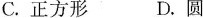
C.正方形 D.圆